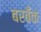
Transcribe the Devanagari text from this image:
बरबँक